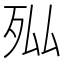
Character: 𭮄